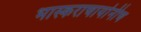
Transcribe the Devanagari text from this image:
भास्कराचार्यानीच